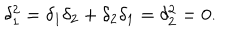
\delta _ { 1 } ^ { 2 } = \delta _ { 1 } \delta _ { 2 } + \delta _ { 2 } \delta _ { 1 } = \delta _ { 2 } ^ { 2 } = 0 .